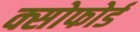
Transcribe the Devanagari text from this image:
क्सोफोर्ड